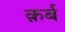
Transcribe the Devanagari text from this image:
क़र्ब